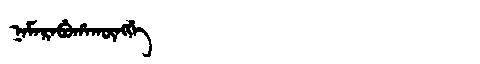
Manchu: ᠨᠠᠮᠠᡵᠠᠪᡠᡥᠠᡴᡡᠩᡤᡝ
Romanization: NAMARABUHAKŪNGGE